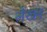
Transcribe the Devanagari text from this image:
लेंखन